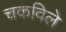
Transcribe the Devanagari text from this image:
चकविले